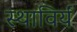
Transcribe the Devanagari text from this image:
स्थाविर्यं